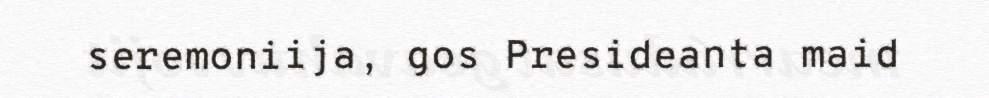
seremoniija, gos Presideanta maid